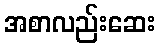
အစာလည်းဆေး